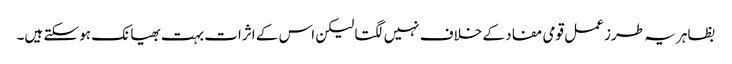
بظاہر یہ طرز عمل قومی مفاد کے خلاف نہیں لگتا لیکن اس کے اثرات بہت بھیانک ہو سکتے ہیں۔